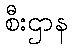
စီးဌာန